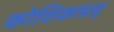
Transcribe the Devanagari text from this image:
कोशिकाप्रसु